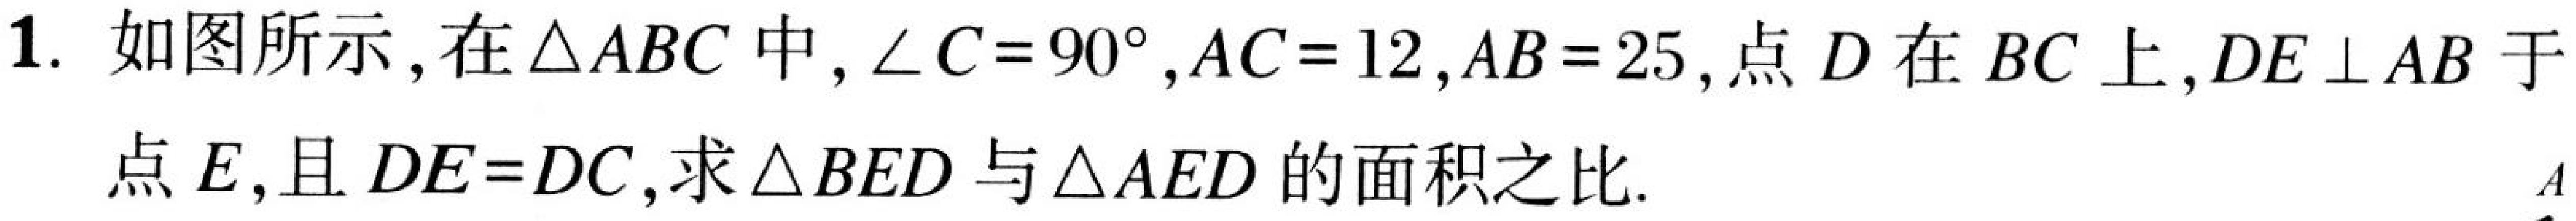
1. 如图所示，在\(\triangle ABC\)中，\(\angle C = 90^{\circ}\)，\(AC = 12\)，\(AB = 25\)，点\(D\)在\(BC\)上，\(DE\perp AB\)于点\(E\)，且\(DE = DC\)，求\(\triangle BED\)与\(\triangle AED\)的面积之比.